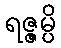
ရဇ္ဇမ္ပိ